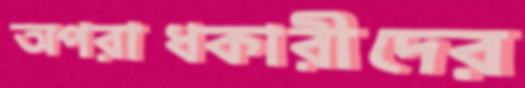
অপরাধকারীদের